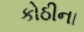
કોઠીના